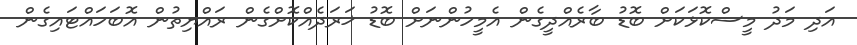
އަދި މަދު މީސްކޮޅަކަށް ބޮޑު ބާރެއްދީގެން އެމީހުންނަށް ބޮޑު ޚަރަދެއްކޮށްގެން ރައްޔިތުން އޮބަހައްޓައިގެން